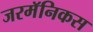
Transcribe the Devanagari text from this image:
जरमॅनिकस